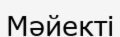
Мәйекті